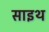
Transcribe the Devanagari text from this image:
साइथ